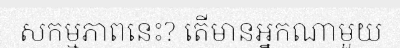
សកម្មភាពនេះ? តើមានអ្នកណាមួយ